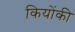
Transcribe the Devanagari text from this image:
कियोंकी